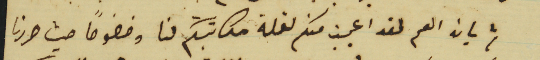
ثم بان العم لقد اعجبت منكم لقلة مكاتبتكم لنا وخصوصًا حيث حررنا